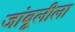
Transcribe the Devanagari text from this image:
जांबूलीला